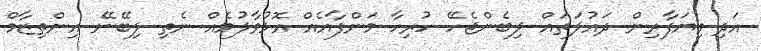
އަދި ވިޔަފާރިން ދައުލަތައް ލިބެންޖެހޭ ހުރިހާ މަންފާއެއް އޮޅުވާލުމެއް ނެތި ލިބޭނޭ އިންތިޒާމް